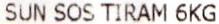
SUN SOS TIRAM 6KG